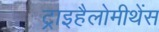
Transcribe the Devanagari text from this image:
ट्राइहैलोमीथेंस